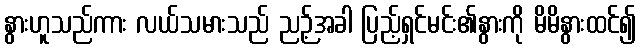
နွားဟူသည်ကား လယ်သမားသည် ညဉ့်အခါ ပြည့်ရှင်မင်း၏နွားကို မိမိနွားထင်၍